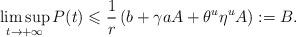
LaTeX: \begin{align*}\limsup_{t \to +\infty} P(t) \leqslant \frac{1}{r}\left(b+\gamma a A+\theta^u\eta^u A\right):=B.\end{align*}